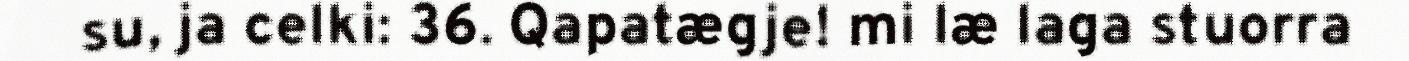
su, ja celki: 36. Qapatægje! mi læ laga stuorra